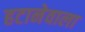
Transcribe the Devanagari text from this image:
हटानेवाला